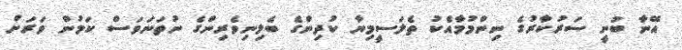
އޭނާ ބުނީ ސަރުކާރުގެ ނިންމުމާއެކު ތެލަސީމިޔާ ކުދިންގެ ބެލިނިވެރިންގެ ނުތަނަވަސް ކަމުން ވަރަށް